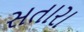
સતારા